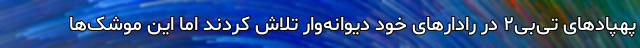
پهپادهای تی‌بی‌۲ در رادارهای خود دیوانه‌وار تلاش کردند اما این موشک‌ها